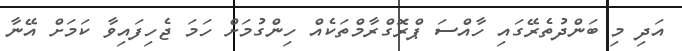
އަދި މި ބަންދުތެރޭގައި ހާއްްސަ ޕްރޮގްރާމްތަކެއް ހިންގުމަށް ހަމަ ޖެހިފައިވާ ކަމަށް އޭނާ